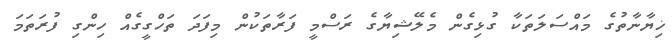
ޚިޔާނާތުގެ މައްސަލަތަކާ ގުޅިގެން މެލޭޝިޔާގެ ރަސްމީ ފަރާތަކުން މިފަދަ ތަހްގީގެއް ހިންގި ފުރަތަމަ